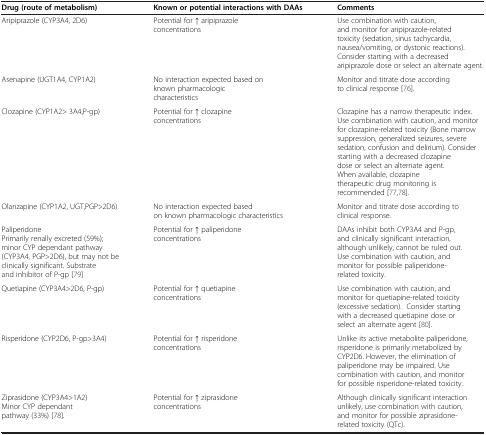
<table><thead><tr><td><b>Drug (route of metabolism)</b></td><td><b>Known or potential interactions with DAAs</b></td><td><b>Comments</b></td></tr></thead><tbody><tr><td>Aripiprazole (CYP3A4, 2D6)</td><td>Potential for ↑ aripiprazole concentrations</td><td>Use combination with caution, and monitor for aripiprazole-related toxicity (sedation, sinus tachycardia, nausea/vomiting, or dystonic reactions). Consider starting with a decreased aripiprazole dose or select an alternate agent.</td></tr><tr><td>Asenapine (UGT1A4, CYP1A2)</td><td>No interaction expected based on known pharmacologic characteristics</td><td>Monitor and titrate dose according to clinical response [76].</td></tr><tr><td>Clozapine (CYP1A2&gt; 3A4,P-gp)</td><td>Potential for ↑ clozapine concentrations</td><td>Clozapine has a narrow therapeutic index. Use combination with caution, and monitor for clozapine-related toxicity (Bone marrow suppression, generalized seizures, severe sedation, confusion and delirium). Consider starting with a decreased clozapine dose or select an alternate agent. When available, clozapine therapeutic drug monitoring is recommended [77,78].</td></tr><tr><td>Olanzapine (CYP1A2, UGT,PGP&gt;2D6)</td><td>No interaction expected based on known pharmacologic characteristics</td><td>Monitor and titrate dose according to clinical response.</td></tr><tr><td>Paliperidone Primarily renally excreted (59%); minor CYP dependant pathway (CYP3A4, PGP&gt;2D6), but may not be clinically significant. Substrate and inhibitor of P-gp [79]</td><td>Potential for ↑ paliperidone concentrations</td><td>DAAs inhibit both CYP3A4 and P-gp, and clinically significant interaction, although unlikely, cannot be ruled out. Use combination with caution, and monitor for possible paliperidone-related toxicity.</td></tr><tr><td>Quetiapine (CYP3A4&gt;2D6, P-gp)</td><td>Potential for ↑ quetiapine concentrations</td><td>Use combination with caution, and monitor for quetiapine-related toxicity (excessive sedation). Consider starting with a decreased quetiapine dose or select an alternate agent [80].</td></tr><tr><td>Risperidone (CYP2D6, P-gp&gt;3A4)</td><td>Potential for ↑ risperidone concentrations</td><td>Unlike its active metabolite paliperidone, risperidone is primarily metabolized by CYP2D6. However, the elimination of paliperidone may be impaired. Use combination with caution, and monitor for possible risperidone-related toxicity.</td></tr><tr><td>Ziprasidone (CYP3A4&gt;1A2) Minor CYP dependant pathway (33%) [78].</td><td>Potential for ↑ ziprasidone concentrations</td><td>Although clinically significant interaction unlikely, use combination with caution, and monitor for possible ziprasidone-related toxicity (QTc).</td></tr></tbody></table>